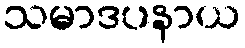
သမာဒပနာယ